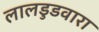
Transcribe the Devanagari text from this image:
लालडुडवारा